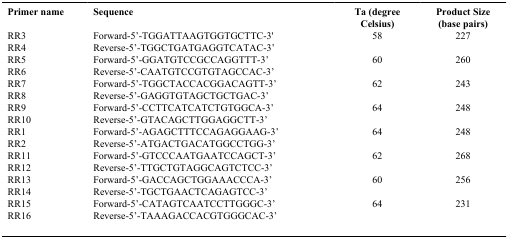
| Primer name | Sequence | Ta (degree Celsius) | Product Size (base pairs) |
 | --- | --- | --- | --- |
 | RR3 | Forward-5’-TGGATTAAGTGGTGCTTC-3' | 58 | 227 |
 | RR4 | Reverse-5’-TGGCTGATGAGGTCATAC-3’ |  |  |
 | RR5 | Forward-5’-GGATGTCCGCCAGGTTT-3’ | 60 | 260 |
 | RR6 | Reverse-5’-CAATGTCCGTGTAGCCAC-3’ |  |  |
 | RR7 | Forward-5’-TGGCTACCACGGACAGTT-3’ | 62 | 243 |
 | RR8 | Reverse-5’-GAGGTGTAGCTGCTGAC-3’ |  |  |
 | RR9 | Forward-5’-CCTTCATCATCTGTGGCA-3’ | 64 | 248 |
 | RR10 | Reverse-5’-GTACAGCTTGGAGGCTT-3’ |  |  |
 | RR1 | Forward-5’-AGAGCTTTCCAGAGGAAG-3’ | 64 | 248 |
 | RR2 | Reverse-5’-ATGACTGACATGGCCTGG-3’ |  |  |
 | RR11 | Forward-5’-GTCCCAATGAATCCAGCT-3’ | 62 | 268 |
 | RR12 | Reverse-5’-TTGCTGTAGGCAGTCTCC-3’ |  |  |
 | RR13 | Forward-5’-GACCAGCTGGAAACCCA-3’ | 60 | 256 |
 | RR14 | Reverse-5’-TGCTGAACTCAGAGTCC-3’ |  |  |
 | RR15 | Forward-5’-CATAGTCAATCCTTGGGC-3’ | 64 | 231 |
 | RR16 | Reverse-5’-TAAAGACCACGTGGGCAC-3’ |  |  |